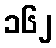
၁၆၂